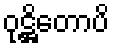
ဝုဋ္ဌိတောပိ